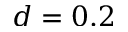
d = 0 . 2